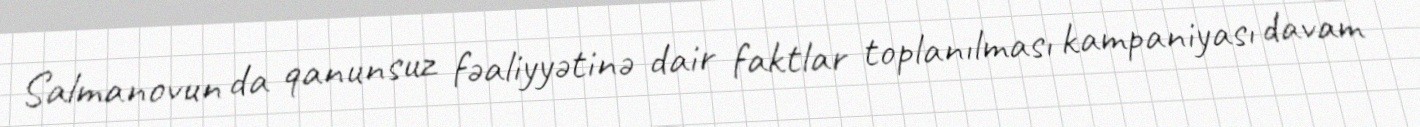
Salmanovun da qanunsuz fəaliyyətinə dair faktlar toplanılması kampaniyası davam